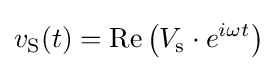
v_{\text{S}}(t)=\operatorname {Re} \left(V_{\text{s}}\cdot e^{i\omega t}\right)